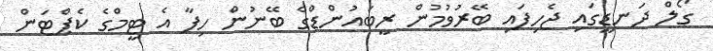
ގޯލް ދަނޑީގައި ޖެހިފައި ބޭރުވުމުން ރީބައުންޑްގެ ބޭނުން ހިފާ އެ ޓީމްގެ ކެޕްޓަން